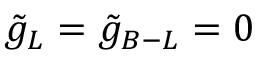
\ensuremath { \tilde { g } _ { L } } = \ensuremath { \tilde { g } _ { B - L } } = 0